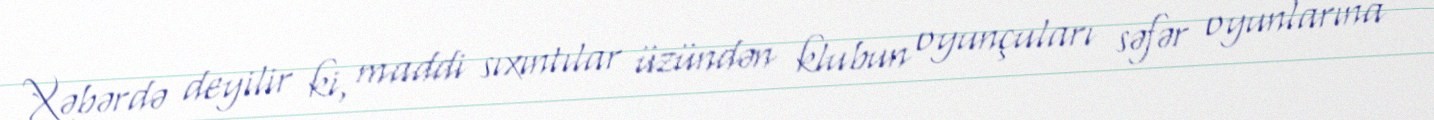
Xəbərdə deyilir ki, maddi sıxıntılar üzündən klubun oyunçuları səfər oyunlarına